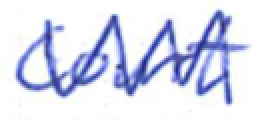
Text: Court
Cross-out: zig-zag
Writing tool: ballpoint